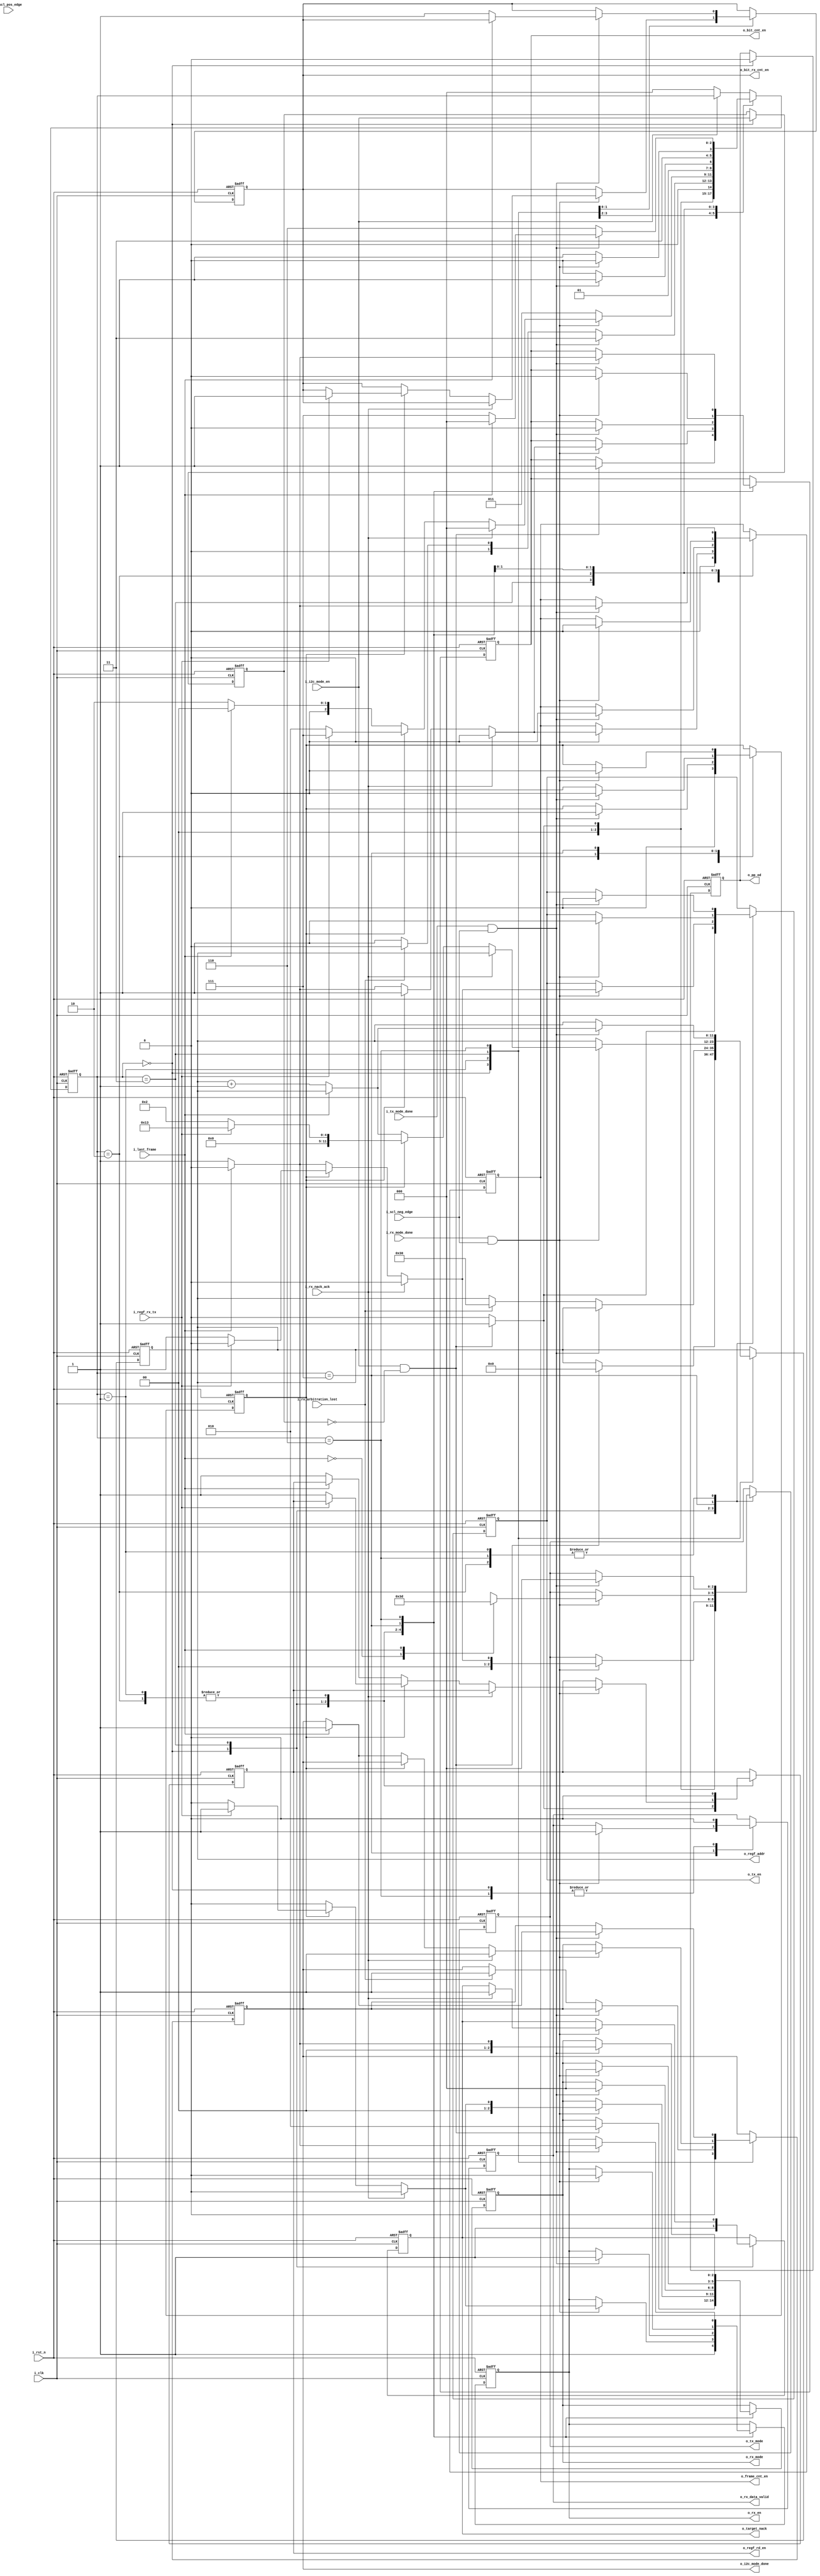
//////////////////////////////////////////////////////////////////////////////////
//==================================================================================
// MIXEL GP 2023 LIBRARY
// Copyright (c) 2023 Mixel, Inc.  All Rights Reserved.
// CONFIDENTIAL AND PROPRIETARY SOFTWARE/DATA OF MIXEL and ASU 2023 GP, INC.
//
// Revision: 
//
// Version : 2.0
// 
// Design Name:  I2C Legacy Mode
// Module Name:  i2c_legacy_mode 
//
//==================================================================================
//
//  STATEMENT OF USE
//
//  This information contains confidential and proprietary information of MIXEL.
//  No part of this information may be reproduced, transmitted, transcribed,
//  stored in a retrieval system, or translated into any human or computer
//  language, in any form or by any means, electronic, mechanical, magnetic,
//  optical, chemical, manual, or otherwise, without the prior written permission
//  of MIXEL.  This information was prepared for Garduation Project purpose and is for
//  use by MIXEL Engineers only.  MIXEL and ASU 2023 GP reserves the right 
//  to make changes in the information at any time and without notice.
//
//==================================================================================
//////////////////////////////////////////////////////////////////////////////////

`default_nettype none
module i2c_legacy_mode(
    input  wire          i_clk                  , //System Clock 50 MHz
    input  wire          i_rst_n                , //System Active Low Reset
    input  wire          i_i2c_mode_en          , //I2C Legacy Mode Enable-Flag from I3C Engine
    input  wire          i_last_frame           , //Last Frame Flag from Frame Counter
    input  wire          i_tx_mode_done         , //Tx Current Mode Done-Flag 
    input  wire          i_rx_mode_done         , //Rx Current Mode Done-Flag
    input  wire          i_regf_rx_tx           , //RnW from RegFile 1 >> Rx , 0 >> Tx 
    input  wire          i_rx_nack_ack          , // 1 >> NACK , 0 >> ACK 
    input  wire          i_rx_arbitration_lost  ,
    input  wire          i_scl_neg_edge         ,
    input  wire          i_scl_pos_edge         , 
    output reg           o_frame_cnt_en         , //Frames Counter Enable-Flag
    output reg           o_bit_cnt_en           , //Bits Counter Enable-Flag
    output reg           o_bit_rx_cnt_en        , //Bits Counter Enable-Flag for Rx Deserializing (DATA_IN)
    output reg           o_tx_en                , //Tx Enable-Flag
    output reg   [2:0]   o_tx_mode              , //Tx Current Mode Selector
    output reg           o_rx_en                , //Rx Enable-Flag
    output reg   [2:0]   o_rx_mode              , //Rx Current Mode Selector
    output reg           o_pp_od                , //Push-Pull/Open-Drain Selector (Always = 0 in I2C)
    output reg           o_regf_rd_en           , //RegFile Read Enable-Flag
    output reg   [11:0]   o_regf_addr            , //RegFile Read/Write Address
    output reg           o_rx_data_valid        , //Received Data Valid-Flag for Host Interface
    output reg           o_target_nack          , //Error-Flag for I3C Engine (Target doesn't ACK)
    output reg           o_i2c_mode_done          //I2C Legacy Mode Done-Flag for I3C Engine
    );


//-- states encoding in gray --------------------------------------------

localparam I2C_IDLE         = 3'b000 ; 
localparam ADDRESS          = 3'b001 ;
localparam TRGT_ACK         = 3'b011 ;
localparam DATA_OUT         = 3'b010 ;
localparam CTRL_ACK         = 3'b110 ;
localparam DATA_IN          = 3'b111 ;


//-- internal wires declaration -----------------------------------------

reg [2:0] state         ;
reg       addr_data_ack ;  //Flag to state whether the TRGT_ACK is coming after ADDRESS or DATA_OUT
reg       i2c_mode_en_prev ;  


//-- i2c legacy mode fsm ------------------------------------------------

always @(posedge i_clk or negedge i_rst_n) 
    begin
    if (!i_rst_n) 
        begin
            o_frame_cnt_en  <= 1'b0      ;
            o_bit_cnt_en    <= 1'b0      ;
            o_bit_rx_cnt_en <= 1'b0      ;
            o_tx_en         <= 1'b0      ;
            o_tx_mode       <= 3'b000    ;
            o_rx_en         <= 1'b0      ;
            o_rx_mode       <= 2'b00     ;
            o_pp_od         <= 1'b0      ;
            o_regf_rd_en    <= 1'b0      ;
            o_regf_addr     <= 12'b000000 ;   
            o_rx_data_valid <= 1'b0      ;
            o_target_nack   <= 1'b1      ;  
            o_i2c_mode_done <= 1'b0      ;
            addr_data_ack   <= 1'b0      ;  
            i2c_mode_en_prev <= 1'b1     ; 
            state           <= I2C_IDLE  ;   
        end
    else
        begin
            if (!i_i2c_mode_en)
                begin
                    state <= I2C_IDLE ; //supporting immediate i2c_disable for all states
                end
            case (state)
            I2C_IDLE:
                begin
                    o_frame_cnt_en  <= 1'b0      ;
                    //o_bit_cnt_en    <= 1'b0      ;
                    //o_bit_rx_cnt_en <= 1'b0      ;
                    o_tx_en         <= 1'b0      ;
                    o_tx_mode       <= 3'b000    ;
                    o_rx_en         <= 1'b1      ; // as we need it enabled at arbitration
                    o_pp_od         <= 1'b0      ;
                    o_regf_rd_en    <= 1'b0      ;
                    //o_regf_addr     <= 6'b000000 ;   
                    o_rx_data_valid <= 1'b0      ;  
                    o_target_nack   <= 1'b1      ; 
                    o_i2c_mode_done <= 1'b0      ;
                    addr_data_ack   <= 1'b0      ; 
                    i2c_mode_en_prev <= i_i2c_mode_en ;  

                    if (i_i2c_mode_en && !i2c_mode_en_prev ) 
                        begin
                            o_bit_cnt_en    <= 1'b1      ;
                            o_tx_en         <= 1'b1      ;
                            o_tx_mode       <= 3'b001    ; //SERIALIZING MODE
                            o_regf_rd_en    <= 1'b1      ;
                            o_regf_addr     <= 12'b000000 ;  //TBD After Register File Locations Management

                            //// Arbitration signals //////
                            o_rx_en         <= 1'b1      ; 
                            o_rx_mode       <= 2'b10     ; // ARBITRATION mode
                            state           <= ADDRESS   ;
                        end
                    else 
                        begin
                            state <= I2C_IDLE ;
                        end
                end
            ADDRESS:
                begin
                    o_regf_rd_en <= 1'b0 ;

                    if (i_tx_mode_done && i_scl_neg_edge)
                        begin
                            o_bit_cnt_en    <= 1'b0      ;
                            o_tx_en         <= 1'b0      ;
                            o_tx_mode       <= 3'b000    ;
                            o_rx_en         <= 1'b1      ;
                            o_rx_mode       <= 2'b00     ; //ACK MODE
                            addr_data_ack   <= 1'b1      ; //Acknowledge to Address
                            state           <= TRGT_ACK  ;
                        end
                    else if (i_rx_arbitration_lost)
                      begin 
                        o_i2c_mode_done <= 1'b1        ;
                        o_regf_addr     <= 'd48        ;
                        state           <=  I2C_IDLE   ;
                     end
                     else
                        begin
                            state <= ADDRESS ;
                        end
                end
            TRGT_ACK:
                begin
                    if (i_rx_mode_done && i_scl_neg_edge)
                        begin
                            o_frame_cnt_en  <= 1'b1 ;
                            o_bit_cnt_en    <= 1'b1 ;
                            if (i_rx_nack_ack)
                                begin
                                    o_frame_cnt_en  <= 1'b0     ;
                                    o_bit_cnt_en    <= 1'b0     ;
                                    o_tx_en         <= 1'b0     ;
                                    o_tx_mode       <= 3'b000   ;
                                    o_rx_en         <= 1'b0     ;
                                    o_rx_mode       <= 2'b00    ;
                                    o_target_nack   <= 1'b1     ;
                                    o_i2c_mode_done <= 1'b1     ;
                                    state           <= I2C_IDLE ; 
                                end
                            else 
                                begin
                                    if (addr_data_ack)  //TRGT_ACK AFTER ADDRESS
                                        begin
                                            if (i_regf_rx_tx)
                                                begin
                                                    o_tx_en         <= 1'b0      ;
                                                    o_tx_mode       <= 3'b000    ;
                                                    o_rx_en         <= 1'b1      ;
                                                    o_rx_mode       <= 2'b01     ; //DESERIALIZING MODE
                                                    o_bit_rx_cnt_en <= 1'b1      ; //Counting under Rx Conditions
                                                    o_regf_addr     <= 12'b010011 ; // 1st frame to be written in RegFile at index 19 
                                                    state           <= DATA_IN   ; 
                                                end
                                            else
                                                begin
                                                    o_tx_en      <= 1'b1      ;
                                                    o_tx_mode    <= 3'b001    ; //SERIALIZING MODE
                                                    o_rx_en      <= 1'b0      ;
                                                    o_rx_mode    <= 2'b00     ;
                                                    o_regf_rd_en <= 1'b1      ;
                                                    o_regf_addr  <= 12'b000010 ; // 1st frame of data in RegFile at index 2.
                                                    state        <= DATA_OUT  ;
                                                end                            
                                        end
                                    else                //TRGT_ACK AFTER DATA_OUT
                                        begin
                                            if (i_last_frame)
                                                begin
                                                    o_frame_cnt_en  <= 1'b0               ;
                                                    o_bit_cnt_en    <= 1'b0               ;
                                                    o_tx_en         <= 1'b0               ;
                                                    o_tx_mode       <= 3'b000             ;
                                                    o_rx_en         <= 1'b0               ;
                                                    o_rx_mode       <= 2'b00              ;
                                                    o_i2c_mode_done <= 1'b1               ;
                                                    state           <= I2C_IDLE           ; 
                                                end
                                            else
                                                begin
                                                    o_tx_en         <= 1'b1               ;
                                                    o_tx_mode       <= 3'b001             ; //SERIALIZING MODE
                                                    o_rx_en         <= 1'b0               ;
                                                    o_rx_mode       <= 2'b00              ;
                                                    o_regf_rd_en    <= 1'b1               ;
                                                    o_regf_addr     <= o_regf_addr + 1'b1 ;
                                                    state           <= DATA_OUT           ;
                                                end                            
                                        end
                                end
                        end
                    else
                        begin
                            state <= TRGT_ACK ;
                        end
                end
            DATA_OUT:
                begin
                    o_regf_rd_en <= 1'b0 ;
                    if (i_tx_mode_done && i_scl_neg_edge)
                        begin
                            o_frame_cnt_en  <= 1'b0     ;
                            o_bit_cnt_en    <= 1'b0     ;
                            o_tx_en         <= 1'b0     ;
                            o_tx_mode       <= 3'b000   ;
                            o_rx_en         <= 1'b1     ;
                            o_rx_mode       <= 2'b00    ; //ACK MODE
                            addr_data_ack   <= 1'b0     ; //Acknowledge to Wr_Data
                            state           <= TRGT_ACK ;
                        end
                    else
                        begin
                            state <= DATA_OUT ;
                        end
                end
            DATA_IN:
                begin
                    if (i_rx_mode_done && i_scl_neg_edge)
                        begin
                            o_frame_cnt_en  <= 1'b0     ;
                            o_bit_cnt_en    <= 1'b0     ;
                            o_tx_en         <= 1'b1     ;
                            case (i_last_frame)
                            1'b0: o_tx_mode <= 3'b111   ; //CTRL_ACK MODE
                            1'b1: o_tx_mode <= 3'b101   ; //CTRL_NACK MODE
                            endcase
                            o_rx_en         <= 1'b0     ;
                            o_rx_mode       <= 2'b00    ;
                            addr_data_ack   <= 1'b0     ;
                            state           <= CTRL_ACK ;
                            o_rx_data_valid <= 1'b1 ;
                        end
                    else
                        begin
                            state <= DATA_IN ;
                        end  
                end
            CTRL_ACK:
                begin

                    o_rx_data_valid <= 1'b0 ;
                    if (i_tx_mode_done && i_scl_neg_edge )

                        begin
                            if (i_last_frame)
                                begin
                                    o_frame_cnt_en  <= 1'b0               ;
                                    o_bit_cnt_en    <= 1'b0               ;
                                    o_tx_en         <= 1'b0               ;
                                    o_tx_mode       <= 3'b000             ;
                                    o_rx_en         <= 1'b0               ;
                                    o_rx_mode       <= 2'b00              ;
                                    o_i2c_mode_done <= 1'b1               ;
                                    state           <= I2C_IDLE           ; 
                                end
                            else
                                begin
                                    o_frame_cnt_en  <= 1'b1               ;
                                    o_bit_cnt_en    <= 1'b1               ;
                                    o_bit_rx_cnt_en <= 1'b1               ; //Counting under Rx Conditions
                                    o_tx_en         <= 1'b0               ;
                                    o_tx_mode       <= 3'b000             ;
                                    o_rx_en         <= 1'b1               ;
                                    o_rx_mode       <= 2'b01              ; //DESERIALIZING MODE
                                    o_regf_addr     <= o_regf_addr + 1'b1 ;
                                    state           <= DATA_IN            ;
                                end  
                        end
                    else
                        begin
                            state <= CTRL_ACK ;
                        end    
                end
            endcase
        end
    end

endmodule

`default_nettype wire